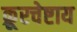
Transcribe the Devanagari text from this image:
क्रूरचेष्टाय